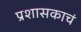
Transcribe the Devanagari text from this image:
प्रशासकाचं